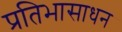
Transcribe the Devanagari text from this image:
प्रतिभासाधन